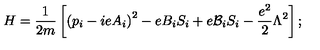
H = \frac { 1 } { 2 m } \left[ \left( p _ { i } - i e A _ { i } \right) ^ { 2 } - e B _ { i } S _ { i } + e { \cal { B } } _ { i } S _ { i } - \frac { e ^ { 2 } } { 2 } \Lambda ^ { 2 } \right] ;